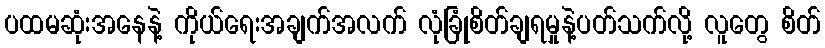
ပထမဆုံးအနေနဲ့ ကိုယ်ရေးအချက်အလက် လုံခြုံစိတ်ချရမှုနဲ့ပတ်သက်လို့ လူတွေ စိတ်